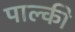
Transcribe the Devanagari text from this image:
पाल्की